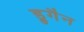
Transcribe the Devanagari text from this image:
ड्रुगैन